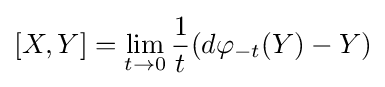
[X,Y]=\lim _{t\to 0}{1 \over t}(d\varphi _{-t}(Y)-Y)